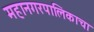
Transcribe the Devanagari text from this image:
महानगरपालिकाचा